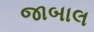
જાબાલ